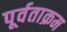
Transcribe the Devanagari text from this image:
पूर्वताक्रम